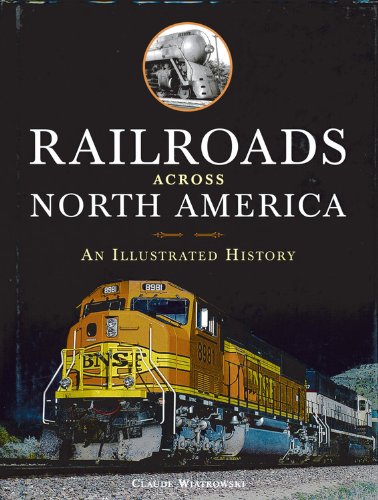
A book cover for Railroads Across North America: An Illustrated History; Claude Wiatrowski; Engineering & Transportation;